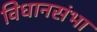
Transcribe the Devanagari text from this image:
विधानसंभा